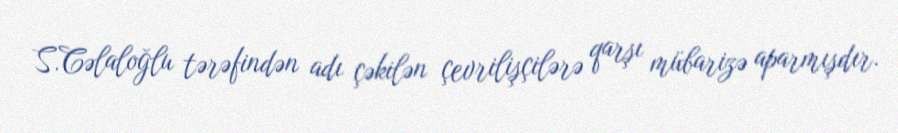
S.Cəlaloğlu tərəfindən adı çəkilən çevrilişçilərə qarşı mübarizə aparmışdır.